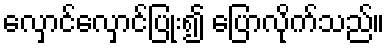
လှောင်လှောင်ပြုံး၍ ပြောလိုက်သည်။